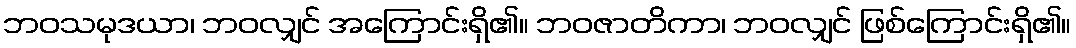
ဘဝသမုဒယာ၊ ဘဝလျှင် အကြောင်းရှိ၏။ ဘဝဇာတိကာ၊ ဘဝလျှင် ဖြစ်ကြောင်းရှိ၏။